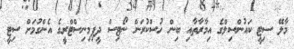
މާލޭ ސިޓީ ކައުންސިލްގެ އިމާރާތާއި ބިން ހުސްކުރަން ނޯޓިސް ދީފިމިނިސްޓްރީގެ އެންގުމަށް ސިޓީ